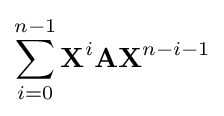
\sum _{i=0}^{n-1}\mathbf {X} ^{i}\mathbf {A} \mathbf {X} ^{n-i-1}